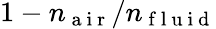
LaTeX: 1-n_{\mathrm{~a~i~r~}}/n_{\mathrm{~f~l~u~i~d~}}